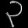
Digit: ၃